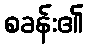
စခန်း၏